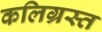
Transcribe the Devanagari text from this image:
कलिग्रस्त